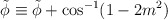
\begin{align*}\tilde\phi \equiv \tilde \phi + \cos^{-1}(1 - 2m^2)\end{align*}